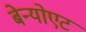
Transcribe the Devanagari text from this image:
बेन्योएट